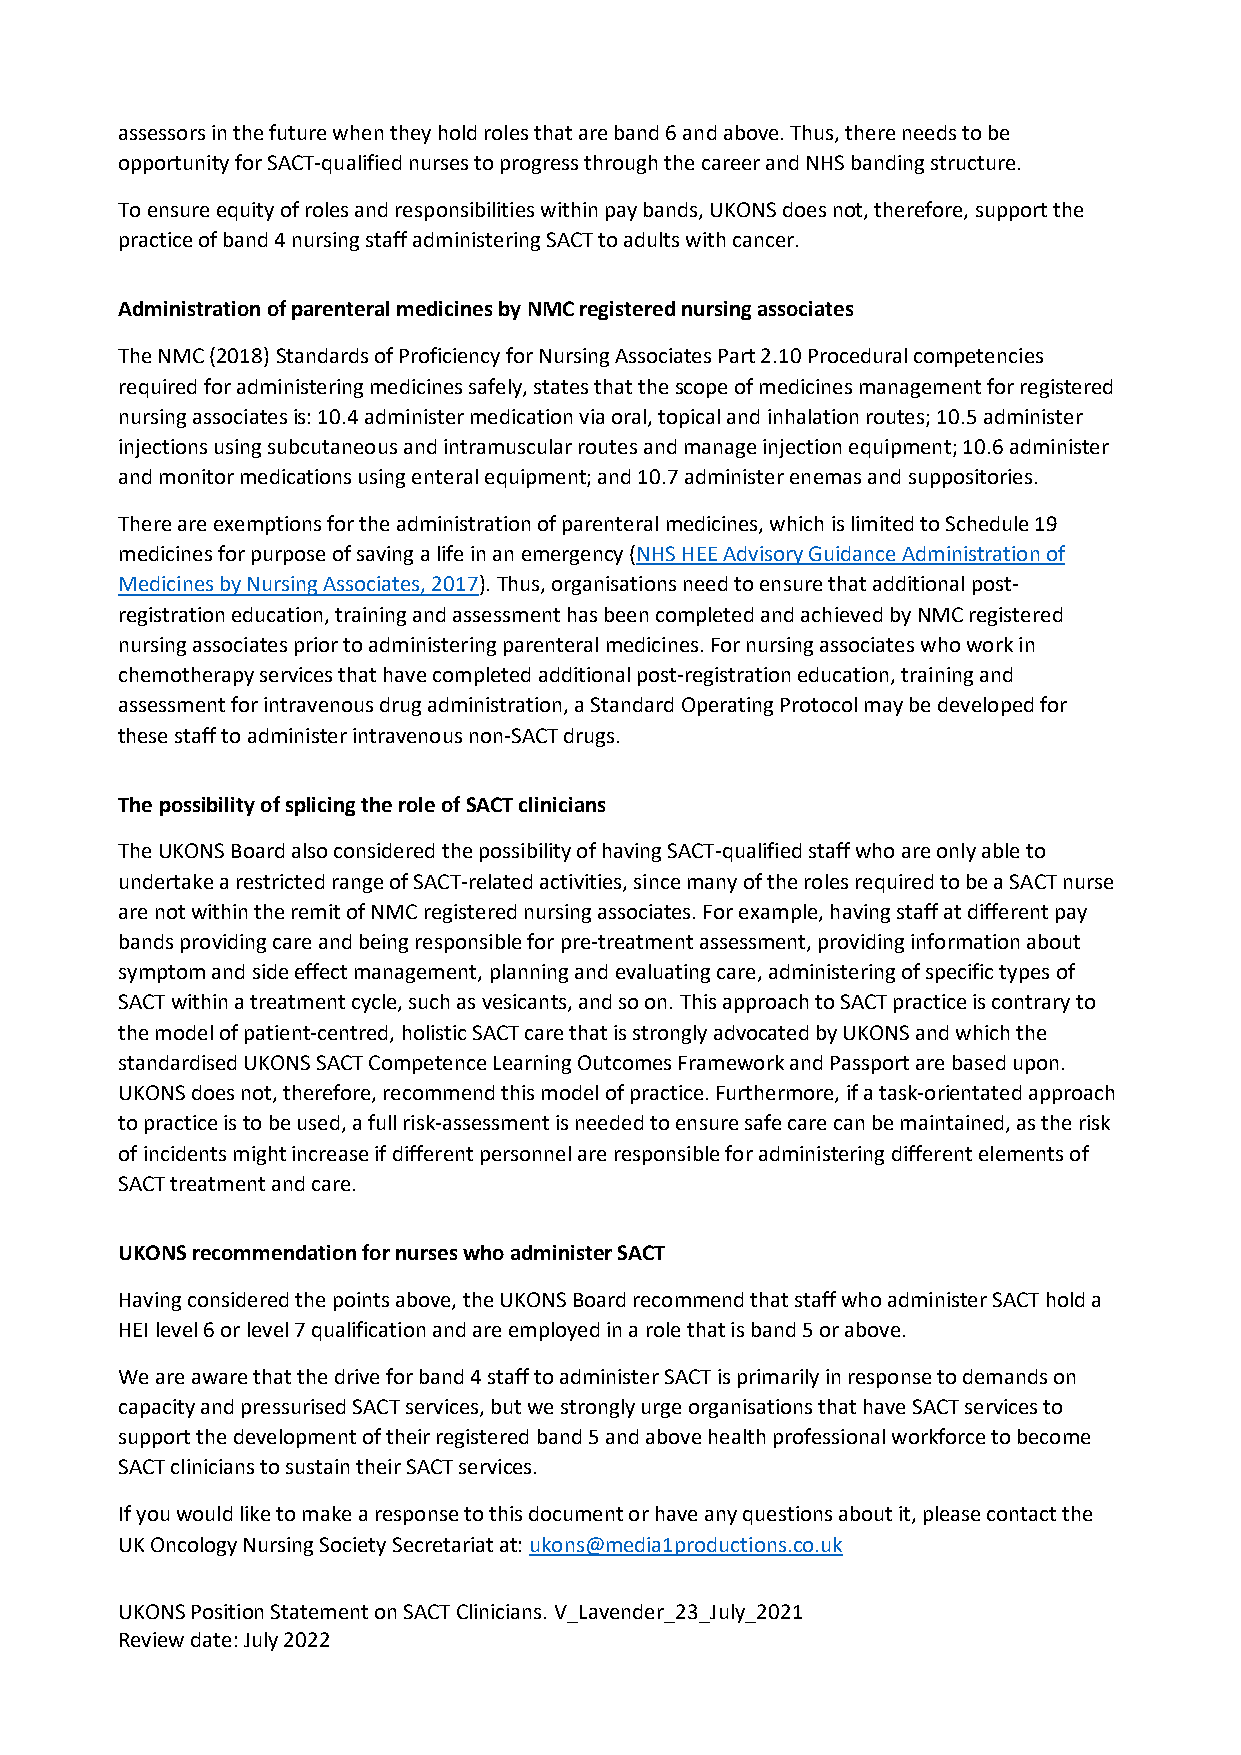
assessors in the future when they hold roles that are band 6 and above. Thus, there needs to be
 opportunity for SACT-qualified nurses to progress through the career and NHS banding structure.
 To ensure equity of roles and responsibilities within pay bands, UKONS does not, therefore, support the
 practice of band 4 nursing staff administering SACT to adults with cancer.
 Administration of parenteral medicines by NMC registered nursing associates
 The NMC (2018) Standards of Proficiency for Nursing Associates Part 2.10 Procedural competencies
 required for administering medicines safely, states that the scope of medicines management for registered
 nursing associates is: 10.4 administer medication via oral, topical and inhalation routes; 10.5 administer
 injections using subcutaneous and intramuscular routes and manage injection equipment; 10.6 administer
 and monitor medications using enteral equipment; and 10.7 administer enemas and suppositories.
 There are exemptions for the administration of parenteral medicines, which is limited to Schedule 19
 medicines for purpose of saving a life in an emergency (NHS HEE Advisory Guidance Administration of
 Medicines by Nursing Associates, 2017). Thus, organisations need to ensure that additional post-
 registration education, training and assessment has been completed and achieved by NMC registered
 nursing associates prior to administering parenteral medicines. For nursing associates who work in
 chemotherapy services that have completed additional post-registration education, training and
 assessment for intravenous drug administration, a Standard Operating Protocol may be developed for
 these staff to administer intravenous non-SACT drugs.
 The possibility of splicing the role of SACT clinicians
 The UKONS Board also considered the possibility of having SACT-qualified staff who are only able to
 undertake a restricted range of SACT-related activities, since many of the roles required to be a SACT nurse
 are not within the remit of NMC registered nursing associates. For example, having staff at different pay
 bands providing care and being responsible for pre-treatment assessment, providing information about
 symptom and side effect management, planning and evaluating care, administering of specific types of
 SACT within a treatment cycle, such as vesicants, and so on. This approach to SACT practice is contrary to
 the model of patient-centred, holistic SACT care that is strongly advocated by UKONS and which the
 standardised UKONS SACT Competence Learning Outcomes Framework and Passport are based upon.
 UKONS does not, therefore, recommend this model of practice. Furthermore, if a task-orientated approach
 to practice is to be used, a full risk-assessment is needed to ensure safe care can be maintained, as the risk
 of incidents might increase if different personnel are responsible for administering different elements of
 SACT treatment and care.
 UKONS recommendation for nurses who administer SACT
 Having considered the points above, the UKONS Board recommend that staff who administer SACT hold a
 HEI level 6 or level 7 qualification and are employed in a role that is band 5 or above.
 We are aware that the drive for band 4 staff to administer SACT is primarily in response to demands on
 capacity and pressurised SACT services, but we strongly urge organisations that have SACT services to
 support the development of their registered band 5 and above health professional workforce to become
 SACT clinicians to sustain their SACT services.
 If you would like to make a response to this document or have any questions about it, please contact the
 UK Oncology Nursing Society Secretariat at: ukons@media1productions.co.uk
 UKONS Position Statement on SACT Clinicians. V_Lavender_23_July_2021
 Review date: July 2022